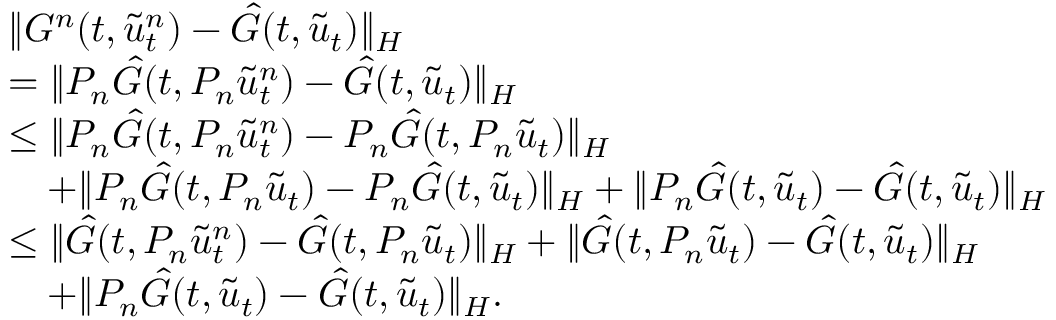
\begin{array} { r l } & { \| G ^ { n } ( t , \tilde { u } _ { t } ^ { n } ) - \hat { G } ( t , \tilde { u } _ { t } ) \| _ { H } } \\ & { = \| P _ { n } \hat { G } ( t , P _ { n } \tilde { u } _ { t } ^ { n } ) - \hat { G } ( t , \tilde { u } _ { t } ) \| _ { H } } \\ & { \le \| P _ { n } \hat { G } ( t , P _ { n } \tilde { u } _ { t } ^ { n } ) - P _ { n } \hat { G } ( t , P _ { n } \tilde { u } _ { t } ) \| _ { H } } \\ & { \quad + \| P _ { n } \hat { G } ( t , P _ { n } \tilde { u } _ { t } ) - P _ { n } \hat { G } ( t , \tilde { u } _ { t } ) \| _ { H } + \| P _ { n } \hat { G } ( t , \tilde { u } _ { t } ) - \hat { G } ( t , \tilde { u } _ { t } ) \| _ { H } } \\ & { \le \| \hat { G } ( t , P _ { n } \tilde { u } _ { t } ^ { n } ) - \hat { G } ( t , P _ { n } \tilde { u } _ { t } ) \| _ { H } + \| \hat { G } ( t , P _ { n } \tilde { u } _ { t } ) - \hat { G } ( t , \tilde { u } _ { t } ) \| _ { H } } \\ & { \quad + \| P _ { n } \hat { G } ( t , \tilde { u } _ { t } ) - \hat { G } ( t , \tilde { u } _ { t } ) \| _ { H } . } \end{array}